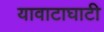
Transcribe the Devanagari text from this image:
यावाटाघाटी